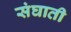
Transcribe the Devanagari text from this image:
संघाती